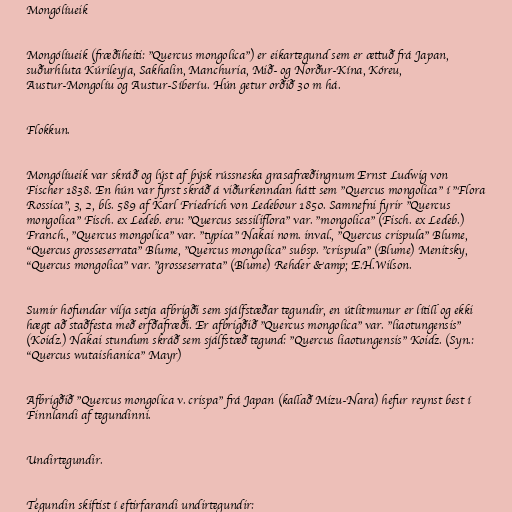
Mongólíueik

Mongólíueik (fræðiheiti: "Quercus mongolica") er eikartegund sem er ættuð frá Japan,
suðurhluta Kúrileyja, Sakhalin, Manchuria, Mið- og Norður-Kína, Kóreu,
Austur-Mongolíu og Austur-Síberíu. Hún getur orðið 30 m há.

Flokkun.

Mongólíueik var skráð og lýst af þýsk rússneska grasafræðingnum Ernst Ludwig von
Fischer 1838. En hún var fyrst skráð á viðurkenndan hátt sem "Quercus mongolica" í "Flora
Rossica", 3, 2, bls. 589 af Karl Friedrich von Ledebour 1850. Samnefni fyrir "Quercus
mongolica" Fisch. ex Ledeb. eru: "Quercus sessiliflora" var. "mongolica" (Fisch. ex Ledeb.)
Franch., "Quercus mongolica" var. "typica" Nakai nom. inval., "Quercus crispula" Blume,
"Quercus grosseserrata" Blume, "Quercus mongolica" subsp. "crispula" (Blume) Menitsky,
"Quercus mongolica" var. "grosseserrata" (Blume) Rehder &amp; E.H.Wilson.

Sumir höfundar vilja setja afbrigði sem sjálfstæðar tegundir, en útlitmunur er lítill og ekki
hægt að staðfesta með erfðafræði. Er afbrigðið "Quercus mongolica" var. "liaotungensis"
(Koidz.) Nakai stundum skráð sem sjálfstæð tegund: "Quercus liaotungensis" Koidz. (Syn.:
"Quercus wutaishanica" Mayr)

Afbrigðið "Quercus mongolica v. crispa" frá Japan (kallað Mizu-Nara) hefur reynst best í
Finnlandi af tegundinni.

Undirtegundir.

Tegundin skiftist í eftirfarandi undirtegundir: